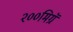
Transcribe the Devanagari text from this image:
२००मिग्रॅ